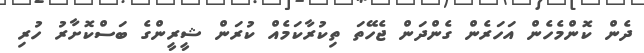
ދެން ކޮންމެހެން އަހަރެން ގެންދަން ޖެހޭތަ ތިކުރާކަމެއް ކުރަން ޝީރީންގެ ބަސްކޮށާރު ހުރި